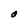
Character: O